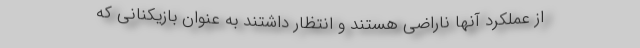
از عملکرد آنها ناراضی هستند و انتظار داشتند به عنوان بازیکنانی که